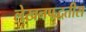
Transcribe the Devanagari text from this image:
लेखनपद्धतीस